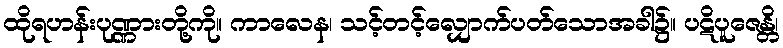
ထိုရဟန်းပုဏ္ဏားတို့ကို။ ကာလေန၊ သင့်တင့်လျှောက်ပတ်သောအခါ၌။ ပဋိပူဇေန္တိ၊